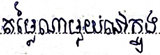
តម្លៃណាមួយនៅក្នុង